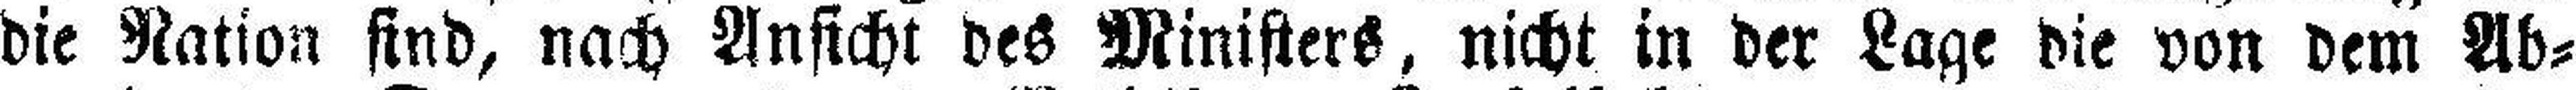
die Nation sind, nach Ansicht des Ministers, nicht in der Lage die von dem Ab¬